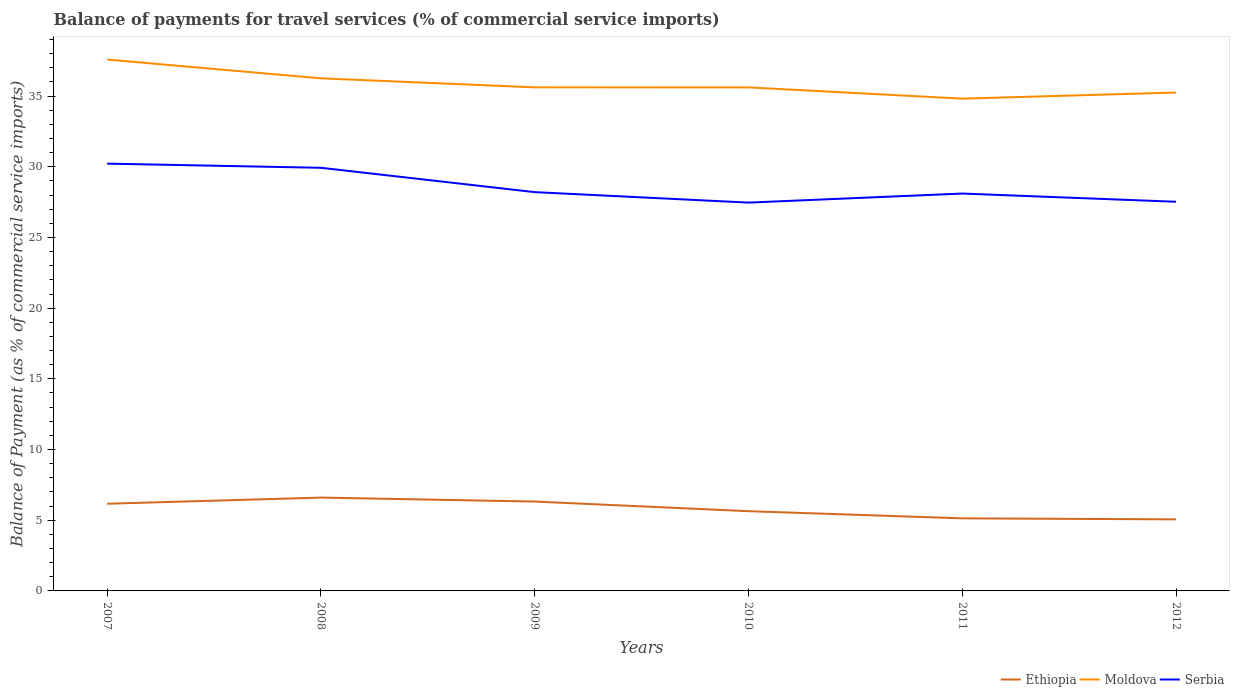
| Years | Ethiopia | Moldova | Serbia |
 | --- | --- | --- | --- |
 | 2007 | 6.17 | 37.6 | 30.2 |
 | 2008 | 6.6 | 36.3 | 29.9 |
 | 2009 | 6.32 | 35.6 | 28.2 |
 | 2010 | 5.64 | 35.6 | 27.5 |
 | 2011 | 5.13 | 34.8 | 28.1 |
 | 2012 | 5.06 | 35.3 | 27.5 |